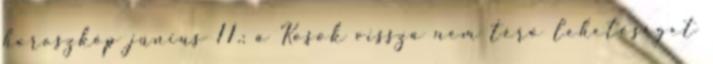
horoszkóp június 11.: a Kosok vissza nem térő lehetőséget